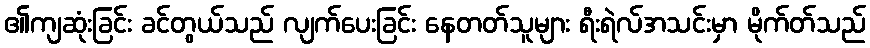
၏ကျဆုံးခြင်း ခင်တွယ်သည် လျက်ပေးခြင်း နေတတ်သူများ ရီးရဲလ်အသင်းမှာ မိုက်တ်သည်